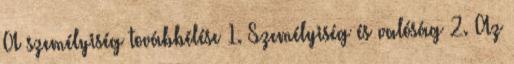
A személyiség továbbélése 1. Személyiség és valóság 2. Az